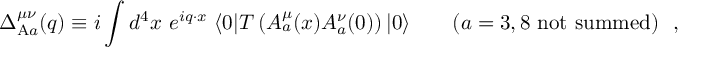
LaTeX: \Delta _ { \mathrm { A } a } ^ { \mu \nu } ( q ) \equiv i \int d ^ { 4 } x ~ e ^ { i q \cdot x } ~ \langle 0 | T \left( A _ { a } ^ { \mu } ( x ) A _ { a } ^ { \nu } ( 0 ) \right) | 0 \rangle \qquad ( a = 3 , 8 \ \mathrm { n o t \ s u m m e d } ) \ \ ,